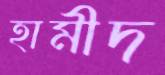
হামীদ